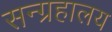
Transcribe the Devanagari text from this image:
सन्ग्रहालय